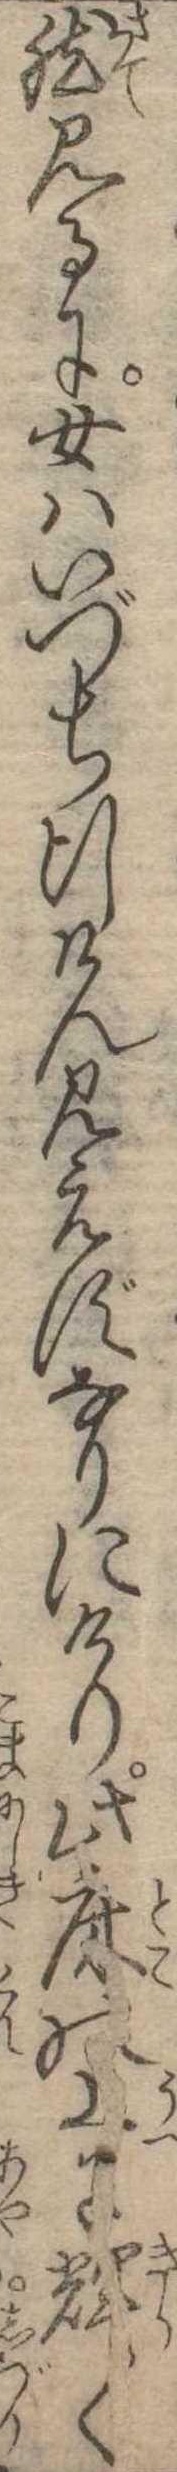
然見るに女はいづち行けん見えずなりにけり此床の上に輝〱